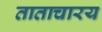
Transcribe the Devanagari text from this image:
ताताचारय